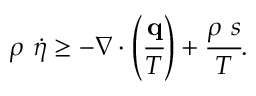
\rho ~ { \dot { \eta } } \geq - { \boldsymbol { \nabla } } \cdot \left( { \cfrac { \mathbf { q } } { T } } \right) + { \cfrac { \rho ~ s } { T } } .